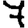
Digit: 7